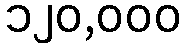
၁၂၀,၀၀၀